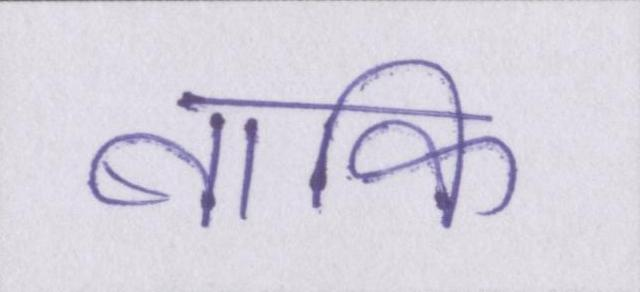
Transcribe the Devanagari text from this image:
बाकि